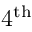
4 ^ { \mathrm { t h } }